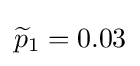
{\widetilde {p}}_{1}=0.03